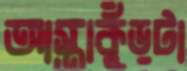
আস্তাকুঁড়টা